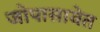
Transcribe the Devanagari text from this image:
जोपासावेत